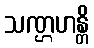
သဏ္ဌဟန္တိ